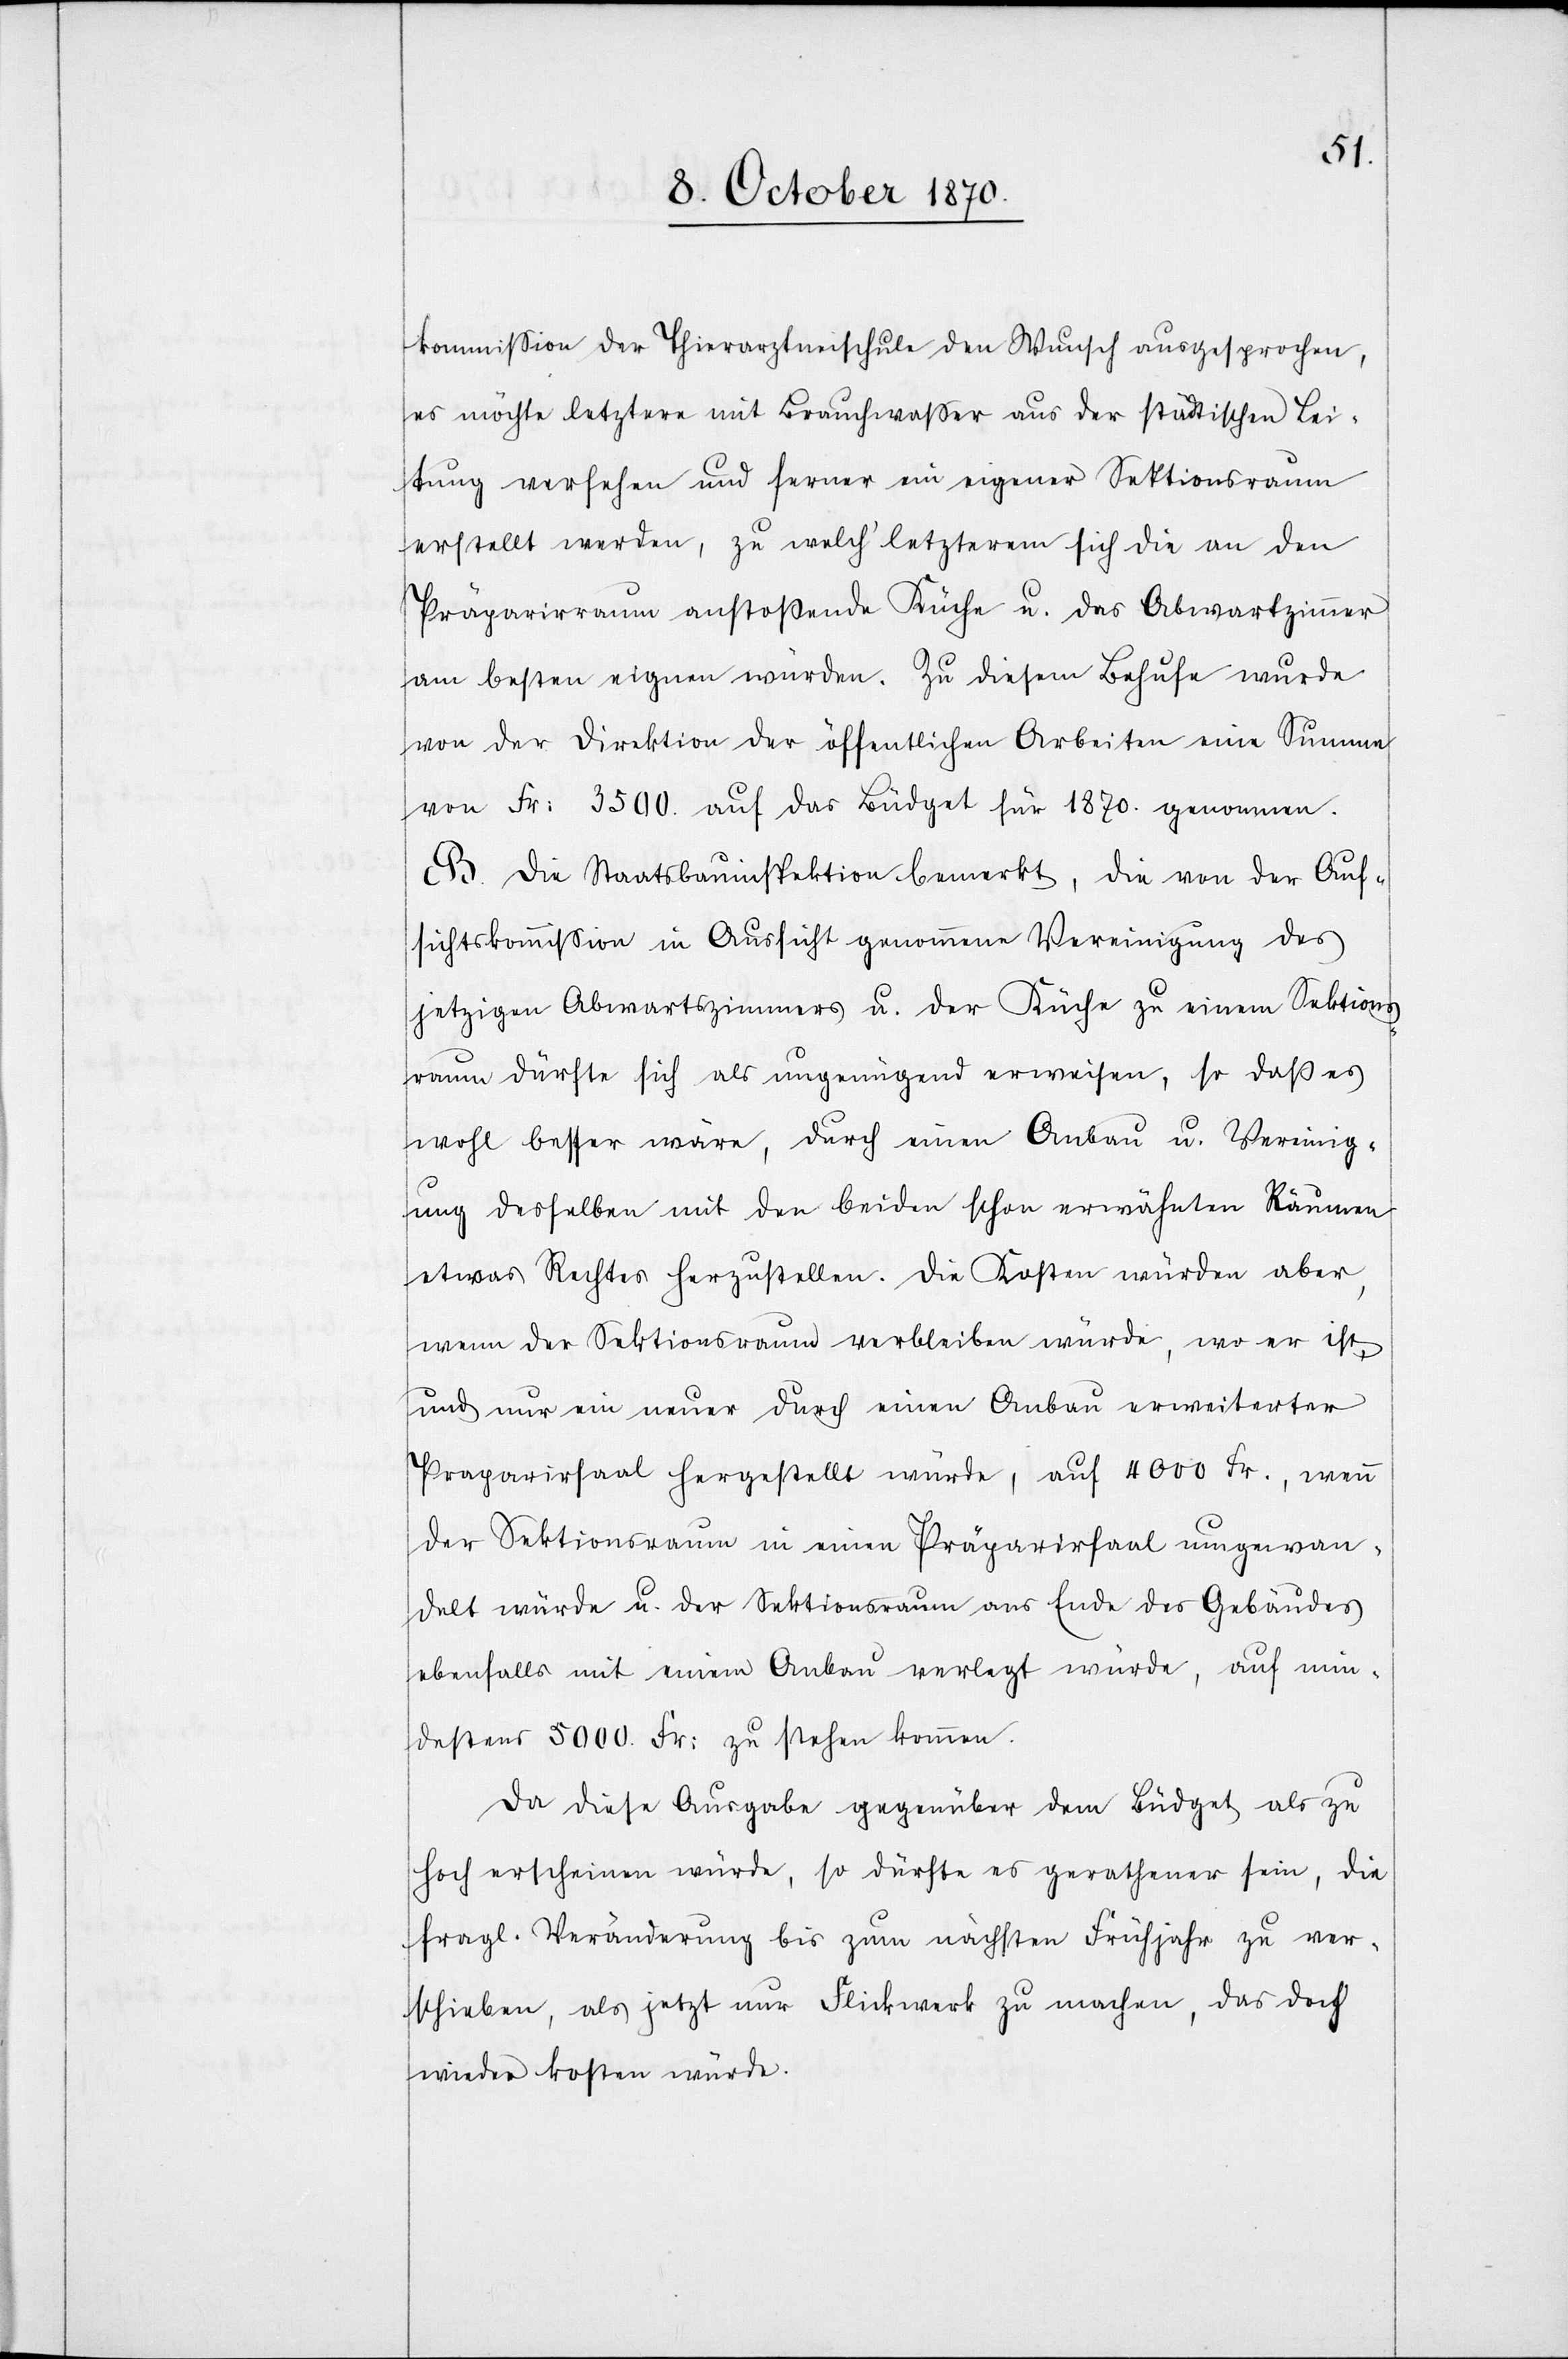
kommission der Thierarztneischule den Wunsch ausgesprochen,
es möchte letztere mit Brauchwaßer aus der städtischen Lei¬
tung versehen und ferner ein eigener Sektionsraum
erstellt werden, zu welch’ letzterem sich die an den
Präparirraum anstoßende Küche u. das Abwartzimmer
am besten eignen würden. Zu diesem Behufe wurde
von der Direktion der öffentlichen Arbeiten eine Summe
von Fr: 3500. auf das Büdget für 1870. genommen.
B. Die Staatsbauinspektion bemerkt, die von der Auf¬
sichtskommission in Aussicht genommene Vereinigung des
jetzigen Abwartszimmers u. der Küche zu einem Sektions¬
raum dürfte sich als ungenügend erweisen, so daß es
wohl besser wäre, durch einen Anbau u. Vereinig¬
ung desselben mit den beiden schon erwähnten Räumen
etwas Rechtes herzustellen. Die Kosten würden aber,
wenn der Sektionsraum verbleiben würde, wo er ist,
und nur ein neuer durch einen Anbau erweiterten
Präparirsaal hergestellt würde, auf 4000 Fr., wenn
der Sektionsraum in einen Präparirsaal umgewan¬
delt würde u. der Sektionsraum ans Ende des Gebäudes
ebenfalls mit einem Anbau verlegt würde, auf min¬
destens 5000 Fr: zu stehen kommen.
Da diese Ausgabe gegenüber dem Büdget als zu
hoch erscheinen würde, so dürfte es gerathener sein, die
frag. Veränderung bis zum nächsten Frühjahr zu ver¬
schieben, als jetzt nur Flickwerk zu machen, das doch
wieder kosten würde.